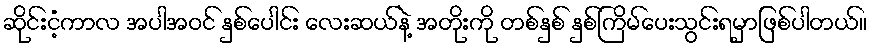
ဆိုင်းငံ့ကာလ အပါအဝင် နှစ်ပေါင်း လေးဆယ်နဲ့ အတိုးကို တစ်နှစ် နှစ်ကြိမ်ပေးသွင်းရမှာဖြစ်ပါတယ်။